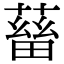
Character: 𤲸